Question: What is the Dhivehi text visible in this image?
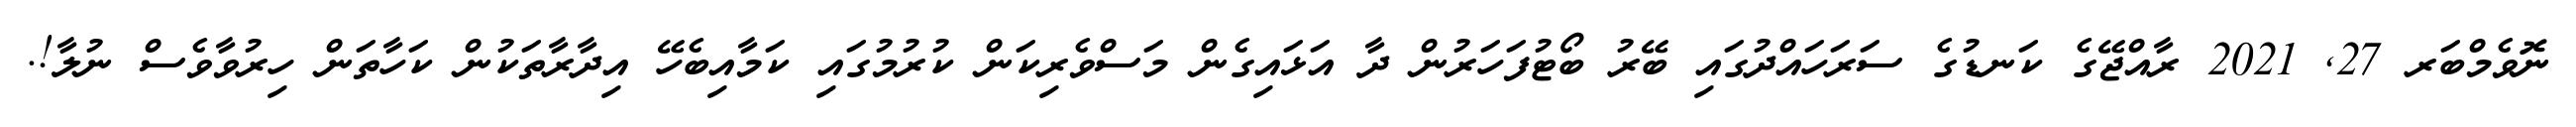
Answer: ނޮވެމްބަރ 27, 2021 ރާއްޖޭގެ ކަނޑުގެ ސަރަހައްދުގައި ބޭރު ބޯޓުފަހަރުން ދާ އަޅައިގެން މަސްވެރިކަން ކުރުމުގައި ކަމާއިބެހޭ އިދާރާތަކުން ކަހާތަން ހިރުވާވެސް ނުލާ!.